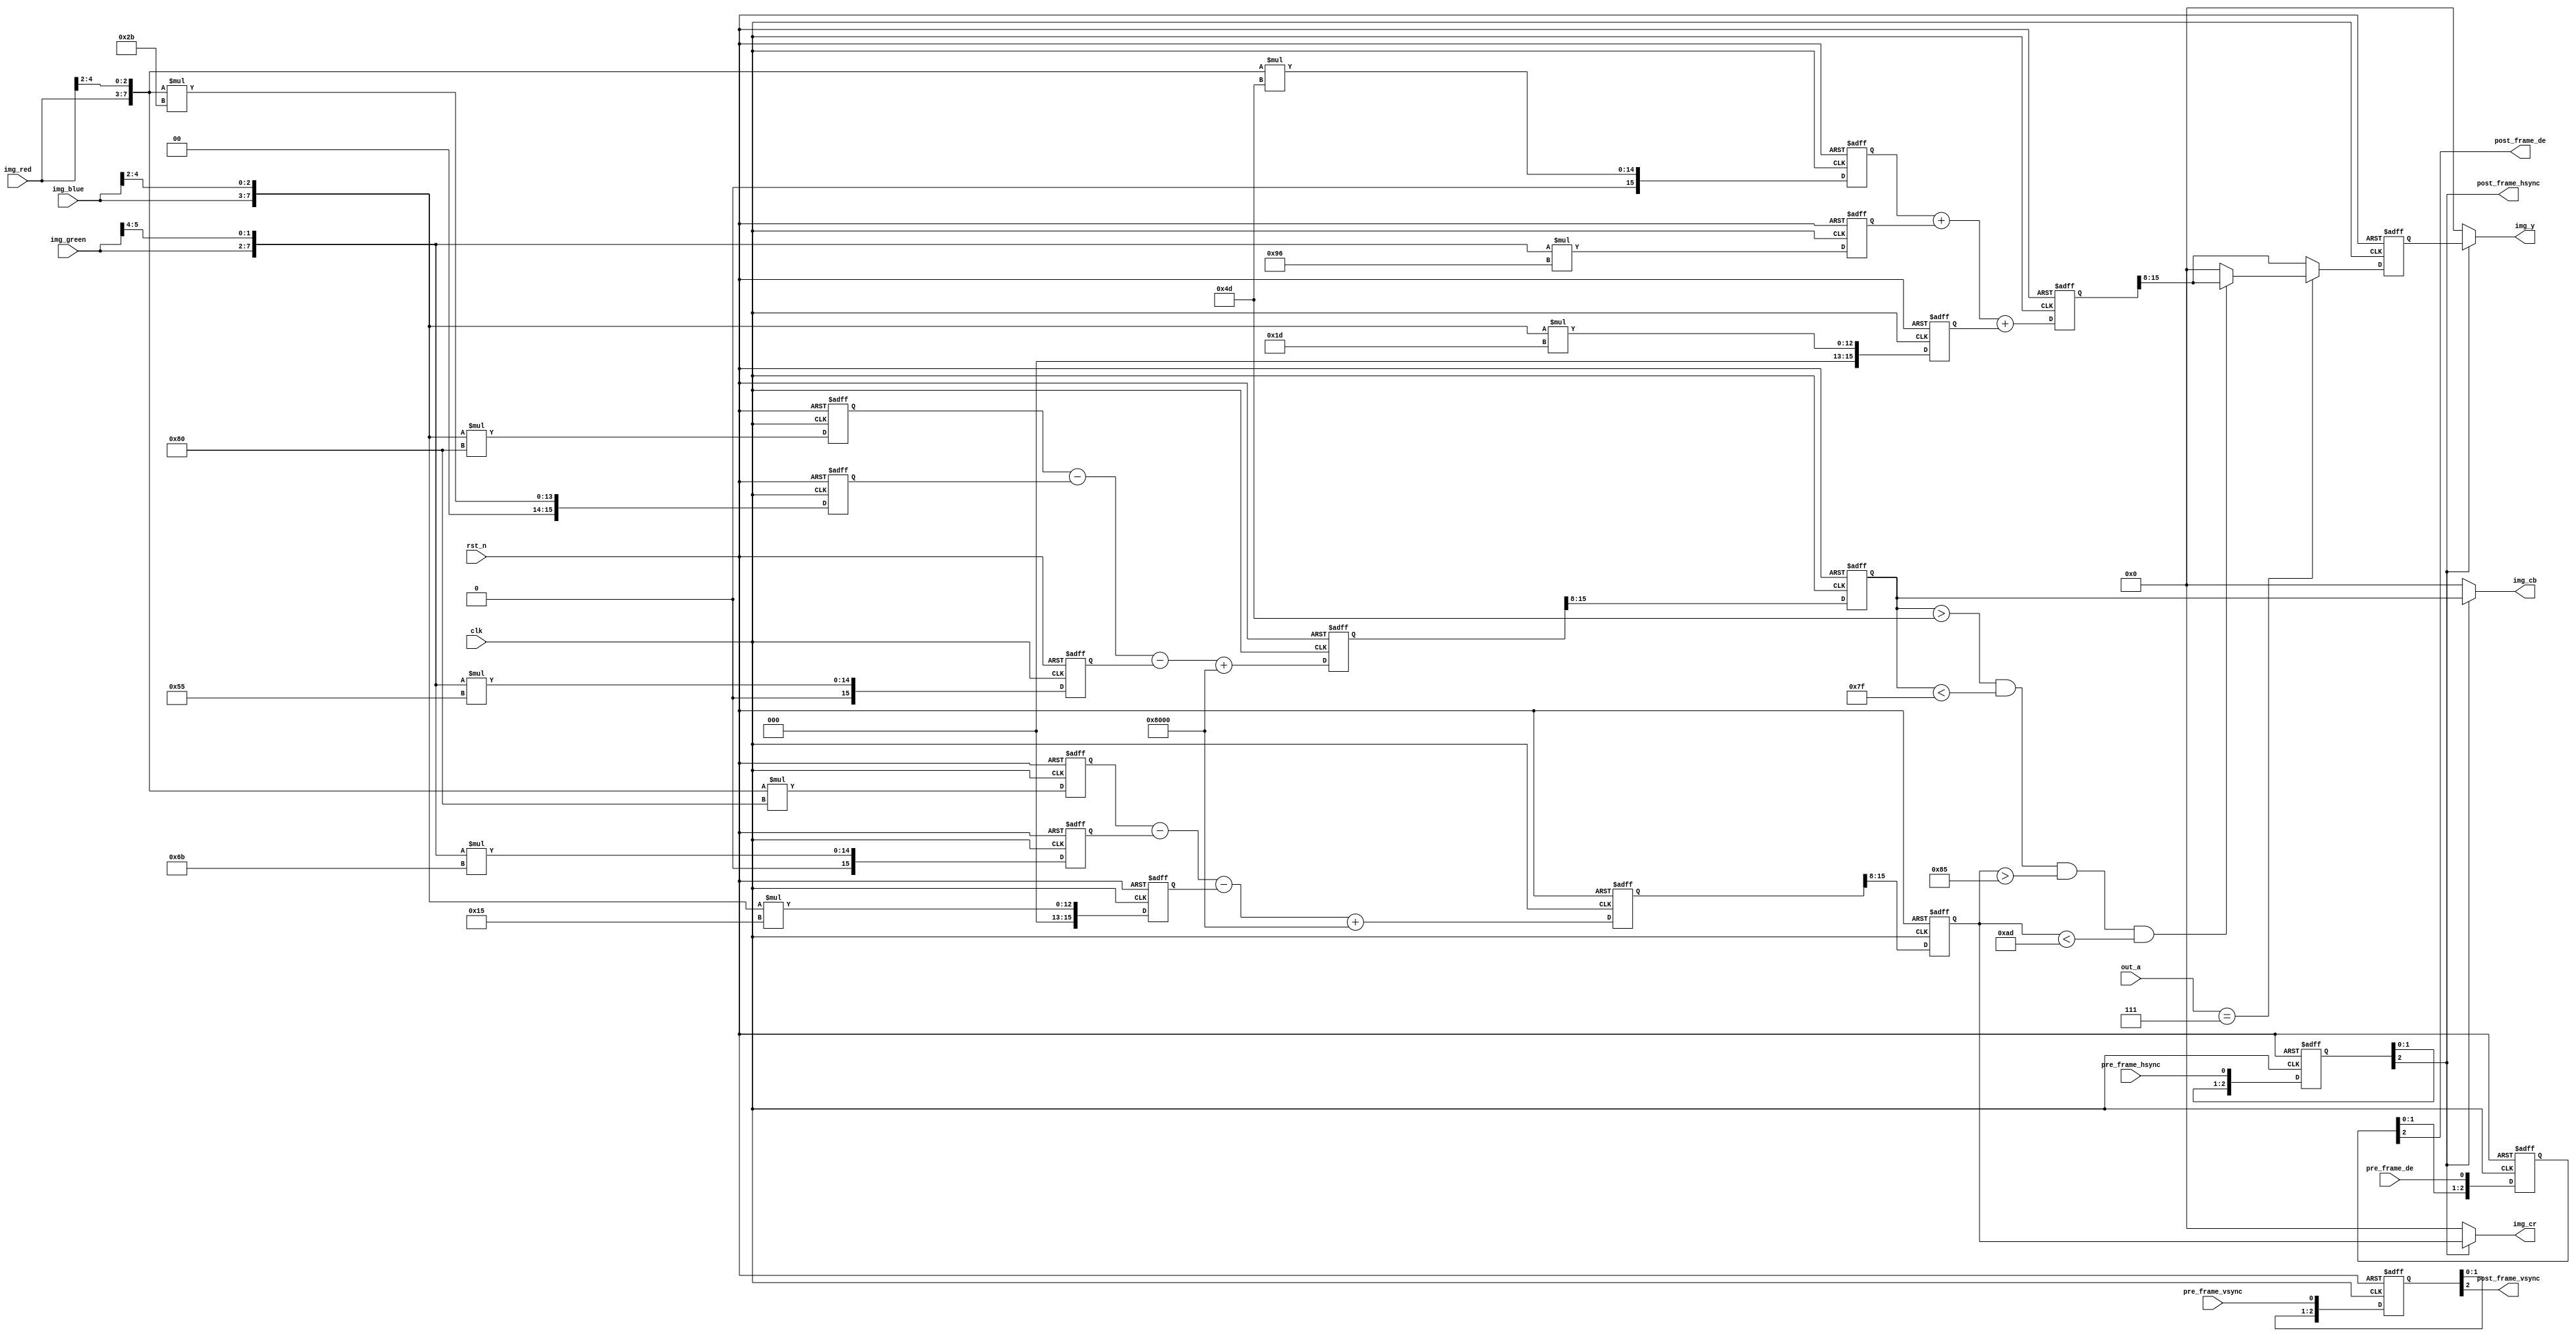
//****************************************Copyright (c)***********************************//                            
//----------------------------------------------------------------------------------------
// File name:          rgb2ycbcr
// Last modified Date:  2021/6/10 11:28:58
// Last Version:        V1.0
// Descriptions:        sobel
//----------------------------------------------------------------------------------------
// Created date:        2021/6/10 11:28:58
// Version:             V1.0
// Descriptions:        RGBYCbCr
//
//----------------------------------------------------------------------------------------
//****************************************************************************************//


module rgb2ycbcr
(
    //module clock
    input               clk             ,   // 
    input               rst_n           ,   // 

    //
    input               pre_frame_vsync ,   // vsync
    input               pre_frame_hsync ,   // hsync
    input               pre_frame_de    ,   // data enable
    input       [4:0]   img_red         ,   // R
    input       [5:0]   img_green       ,   // G
    input       [4:0]   img_blue        ,   // B
    input       [3:0]   out_a           ,
    //
    output              post_frame_vsync,   // vsync
    output              post_frame_hsync,   // hsync
    output              post_frame_de   ,   // data enable
    output      [7:0]   img_y,              // Y
    output      [7:0]   img_cb,
    output      [7:0]   img_cr
);

//reg define
reg  [15:0]   rgb_r_m0, rgb_r_m1, rgb_r_m2;
reg  [15:0]   rgb_g_m0, rgb_g_m1, rgb_g_m2;
reg  [15:0]   rgb_b_m0, rgb_b_m1, rgb_b_m2;
reg  [15:0]   img_y0 ;
reg  [15:0]   img_cb0;
reg  [15:0]   img_cr0;
reg  [ 7:0]   img_y1 ;
reg  [ 7:0]   img_cb1;
reg  [ 7:0]   img_cr1;
reg  [ 2:0]   pre_frame_vsync_d;
reg  [ 2:0]   pre_frame_hsync_d;
reg  [ 2:0]   pre_frame_de_d   ;

//wire define
wire [ 7:0]   rgb888_r;
wire [ 7:0]   rgb888_g;
wire [ 7:0]   rgb888_b;

//*****************************************************
//**                    main code
//*****************************************************

//RGB565 to RGB 888
assign rgb888_r         = {img_red  , img_red[4:2]  };
assign rgb888_g         = {img_green, img_green[5:4]};
assign rgb888_b         = {img_blue , img_blue[4:2] };
//
assign post_frame_vsync = pre_frame_vsync_d[2]      ;
assign post_frame_hsync = pre_frame_hsync_d[2]      ;
assign post_frame_de    = pre_frame_de_d[2]         ;
assign img_y            = post_frame_hsync ? img_y1 : 8'd0;
assign img_cb           = post_frame_hsync ? img_cb1: 8'd0;
assign img_cr           = post_frame_hsync ? img_cr1: 8'd0;

//--------------------------------------------
//RGB 888 to YCbCr

/********************************************************
            RGB888 to YCbCr
 Y  = 0.299R +0.587G + 0.114B
 Cb = 0.568(B-Y) + 128 = -0.172R-0.339G + 0.511B + 128
 CR = 0.713(R-Y) + 128 = 0.511R-0.428G -0.083B + 128

 Y  = (77 *R    +    150*G    +    29 *B)>>8
 Cb = (-43*R    -    85 *G    +    128*B)>>8 + 128
 Cr = (128*R    -    107*G    -    21 *B)>>8 + 128

 Y  = (77 *R    +    150*G    +    29 *B        )>>8
 Cb = (-43*R    -    85 *G    +    128*B + 32768)>>8
 Cr = (128*R    -    107*G    -    21 *B + 32768)>>8
*********************************************************/

//step1 
always @(posedge clk or negedge rst_n) begin
    if(!rst_n) begin
        rgb_r_m0 <= 16'd0;
        rgb_r_m1 <= 16'd0;
        rgb_r_m2 <= 16'd0;
        rgb_g_m0 <= 16'd0;
        rgb_g_m1 <= 16'd0;
        rgb_g_m2 <= 16'd0;
        rgb_b_m0 <= 16'd0;
        rgb_b_m1 <= 16'd0;
        rgb_b_m2 <= 16'd0;
    end
    else begin
        rgb_r_m0 <= rgb888_r * 8'd77 ;
        rgb_r_m1 <= rgb888_r * 8'd43 ;
        rgb_r_m2 <= rgb888_r * 8'd128;
        rgb_g_m0 <= rgb888_g * 8'd150;
        rgb_g_m1 <= rgb888_g * 8'd85 ;
        rgb_g_m2 <= rgb888_g * 8'd107;
        rgb_b_m0 <= rgb888_b * 8'd29 ;
        rgb_b_m1 <= rgb888_b * 8'd128;
        rgb_b_m2 <= rgb888_b * 8'd21 ;
    end
end

//step2 
always @(posedge clk or negedge rst_n) begin
    if(!rst_n) begin
        img_y0  <= 16'd0;
        img_cb0 <= 16'd0;
        img_cr0 <= 16'd0;
    end
    else begin
        img_y0  <= rgb_r_m0 + rgb_g_m0 + rgb_b_m0;
        img_cb0 <= rgb_b_m1 - rgb_r_m1 - rgb_g_m1 + 16'd32768;
        img_cr0 <= rgb_r_m2 - rgb_g_m2 - rgb_b_m2 + 16'd32768;
    end

end

//step3 8
reg  [ 7:0]   img_y2 ;
always @(posedge clk or negedge rst_n) begin
    if(!rst_n) begin
        img_y1  <= 8'd0;
        img_cb1 <= 8'd0;
        img_cr1 <= 8'd0;
        img_y2  <= 8'd0;
    end
    else begin
        if(out_a==4'd7)
        begin
            img_y1  <= img_y0 [15:8];
            img_cb1 <= img_cb0[15:8];
            img_cr1 <= img_cr0[15:8];
            if(img_cb1 > 77 && img_cb1 < 127 && img_cr1 > 133 && img_cr1 < 173)//if(img_cb1 > 77 && img_cb1 < 127 && img_cr1 > 133 && img_cr1 < 173)
                img_y1 <= img_y0 [15:8];
            else
                img_y1<=0;
        end
        else
        begin
                img_y1  <= img_y0 [15:8];
                img_cb1 <= img_cb0[15:8];
                img_cr1 <= img_cr0[15:8];
        end
    end
end

//3
always@(posedge clk or negedge rst_n) begin
    if(!rst_n) begin
        pre_frame_vsync_d <= 3'd0;
        pre_frame_hsync_d <= 3'd0;
        pre_frame_de_d    <= 3'd0;
    end
    else begin
        pre_frame_vsync_d <= {pre_frame_vsync_d[1:0], pre_frame_vsync};
        pre_frame_hsync_d <= {pre_frame_hsync_d[1:0], pre_frame_hsync};
        pre_frame_de_d    <= {pre_frame_de_d[1:0]   , pre_frame_de   };
    end
end

endmodule